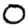
Digit: 0